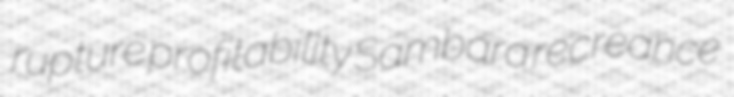
rupture profitability Sambara recreance